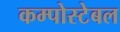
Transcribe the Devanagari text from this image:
कम्पोस्टेबल